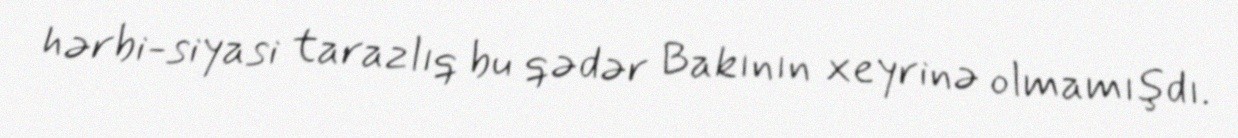
hərbi-siyasi tarazlıq bu qədər Bakının xeyrinə olmamışdı.